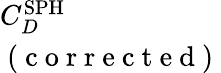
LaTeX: \begin{array}{l}{C_{D}^{\mathrm{SPH}}}\\ {\mathrm{~(~c~o~r~r~e~c~t~e~d~)~}}\end{array}